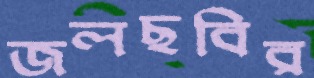
জলছবির